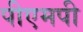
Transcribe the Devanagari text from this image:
पीएमपी